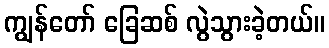
ကျွန်တော် ခြေဆစ် လွဲသွားခဲ့တယ်။